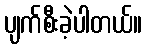
ပျက်စီးခဲ့ပါတယ်။